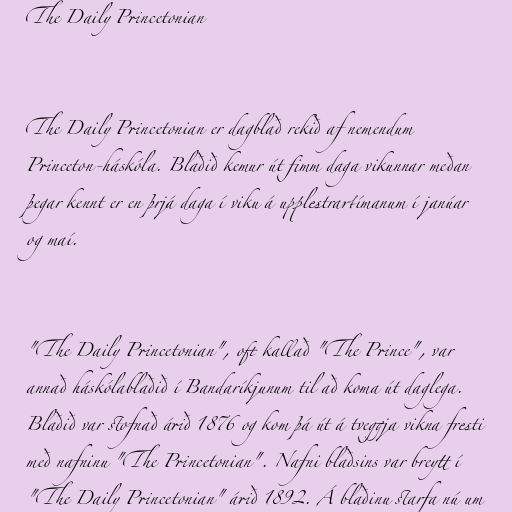
The Daily Princetonian

The Daily Princetonian er dagblað rekið af nemendum
Princeton-háskóla. Blaðið kemur út fimm daga vikunnar meðan
þegar kennt er en þrjá daga í viku á upplestrartímanum í janúar
og maí.

"The Daily Princetonian", oft kallað "The Prince", var
annað háskólablaðið í Bandaríkjunum til að koma út daglega.
Blaðið var stofnað árið 1876 og kom þá út á tveggja vikna fresti
með nafninu "The Princetonian". Nafni blaðsins var breytt í
"The Daily Princetonian" árið 1892. Á blaðinu starfa nú um